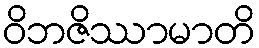
ဝိဘဇိဿာမာတိ